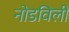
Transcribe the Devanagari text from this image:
नोडविली